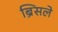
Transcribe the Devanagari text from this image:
ब्रिंसले